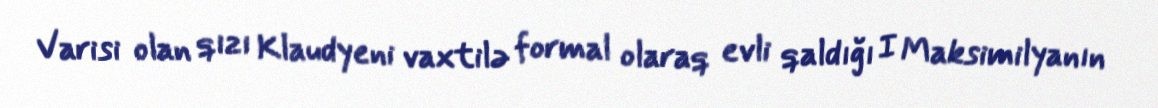
Varisi olan qızı Klaudyeni vaxtilə formal olaraq evli qaldığı I Maksimilyanın